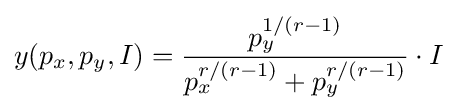
y(p_{x},p_{y},I)={\frac {p_{y}^{1/(r-1)}}{p_{x}^{r/(r-1)}+p_{y}^{r/(r-1)}}}\cdot I